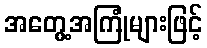
အတွေ့အကြုံများဖြင့်